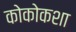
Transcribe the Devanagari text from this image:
कोकोकशा